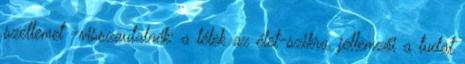
szellemet -visszautalnék: a lélek az élet-szikra, jellemzői a tudat